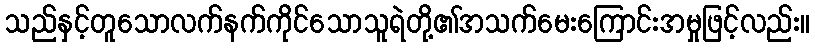
သည်နှင့်တူသောလက်နက်ကိုင်သောသူရဲတို့၏အသက်မေးကြောင်းအမှုဖြင့်လည်း။